Annual report on the lock hospitals of the Madras Presidency
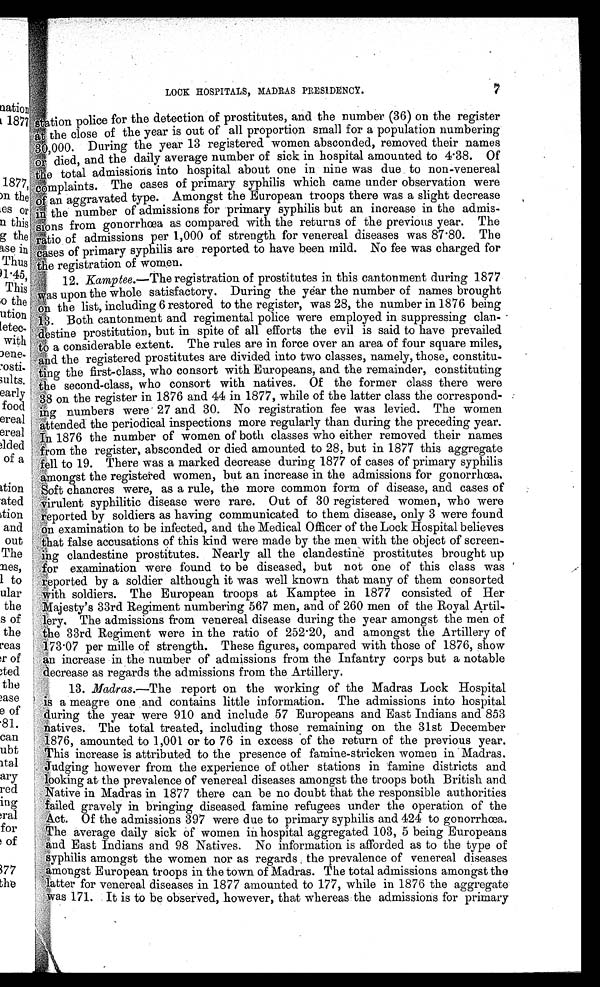
LOCK HOSPITALS, MADRAS PRESIDENCY.
7
.
st, ia
rm tion police for the detection of prostitutes, and the number (36) on the register
4 the close of the year is out of all proportion small for a population numbering
rkis 000. During the year 13 registered women absconded, removed their names
km died, and the daily average number of sick in hospital amounted to 4 . 38. Of
if
Ile t otal admissions into hospital about one in nine was due to non-venereal
oom
Ibmplaints. The cases of primary syphilis which came under observation were
an aggravated type. Amongst the European troops there was a slight decrease
; g
in the number of admissions for primary syphilis but an increase in the admis-
Ng! tLions from gonorrhoea as compared with the returns of the previous year. The
iltio of admissions per 1,000 of strength for venereal diseases was 87 . 80. The
tpses of primary syphilis are reported to have been mild. No fee was charged for
the registration of women.
12. Kamptee.—The registration of prostitutes in this cantonment during 1877
6
't
V i sas upon the whole satisfactory. During the year the number of names brought
k' : o n the list, including 6 restored to the register, was 28, the number in 1876 being
g. Both cantonment and regimental police were employed in suppressing clan- •
d'estine prostitution, but in spite of all efforts the evil is said to have prevailed
and
a considerable extent. The rules are in force over an area of four square miles,
and the registered prostitutes are divided into two classes, namely, those, constitu-
ng the first-class, who consort with Europeans, and the remainder, constituting
:the second-class, who consort with natives. Of the former class there were
08 on the register in 1876 and 44 in 1877, while of the latter class the correspond-
g numbers were 27 and 30. No registration fee was levied. The women
fdttended the periodical inspections more regularly than during the preceding year.
h. 1876 the number of women of both classes who either removed their names
arom the register, absconded or died amounted to 28, but in 1877 this aggregate
le ' ll to 19. There was a marked decrease during 1877 of cases of primary syphilis
amongst the registered women, but an increase in the admissions for gonorrhcea,
f r : v Soft chancres were, as a rule, the more common form of disease, and cases of
,mirulent syphilitic disease were rare. Out of 30 registered women, who were
reported by soldiers as having communicated to them disease, only 3 were found
on examination to be infected, and the Medical Officer of the Lock Hospital believes
hat false accusations of this kind were made by the men with the object of screen-
7,ang clandestine prostitutes. Nearly all the clandestine prostitutes brought up
for examination were found to be diseased, but not one of this class was
:reported by a soldier although it was well known that many of them consorted
4iith soldiers. The European troops at Kamptee in 1877 consisted of Her
.
.11ajesty's 33rd Regiment numbering 567 men, and of 260 men of the Royal Artil-
'1,ery. The admissions from venereal disease during the year amongst the men of
. 'the 33rd Regiment were in the ratio of 252 . 20, and amongst the Artillery of
YV.4
1
473 .0 7 p e r mi l l e o f s t r e n g t h . T h e s e f i g u r e s , c o mp a r e d wi t h t h o s e o f 1 8 7 6 , s h o w
‘ 6, 'n increase in the number of admissions from the Infantry corps but a notable
"'decrease as regards the admissions from the Artillery.
13. Madras.--The report on the working of the Madras Lock Hospital
,
ap a meagre one and contains little information. The admissions into hospital
during the year were 910 and include 57 Europeans and East Indians and 853
.;;,natives. The total treated, including those . remaining on the 31st December
,1876, amounted to 1,001 or to 76 in excess of the return of the previous year.
''his • increase is attributed to the presence of famine-stricken women in 'Madras.
rsTudging however from the experience of other stations in famine districts and
;looking at the prevalence of venereal diseases amongst the troops both British and
'';!1n Tative in Madras in 1877 there can be no doubt that the responsible authorities
:jailed gravely in bringing diseased famine refugees under the operation of the
Act. Of the admissions 397 were due to primary syphilis and 424 to gonorrhoea.
AThe average daily sick of women in hospital aggregated 103, 5 being Europeans
East Indians and 98 Natives. No information is afforded as to the type of
og
Y.syphilis amongst the women nor as regards . the prevalence of venereal diseases
Omougst European troops in the town of Madras. The total admissions amongst the
latter for venereal diseases in 1877 amounted to 177, while in 1876 the aggregate
.was 171. It is to be observed, however, that whereas the admissions for primary